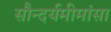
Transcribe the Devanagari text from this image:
सौन्दर्यमीमांसा